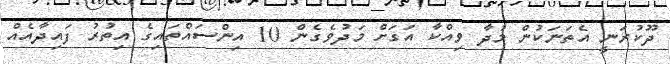
ދޫކުރަނީ އެތަނަކުން މުދާ ވިއްކާ އަގަށް މަދުވެގެން 10 އިންސައްތައިގެ އިތުރު ފައިދާއެއް